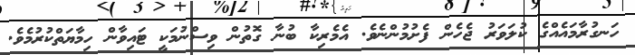
ހަނގުރާމައެއްގެ ކުލަވަރު ޖެހެން ފެށުމުންނެވެ. އެމެރިކާ ބުނާ ގޮތުން ވިސްނުމަކީ ޓައިވާން ހިމާޔަތްކުރުމެެވެ.